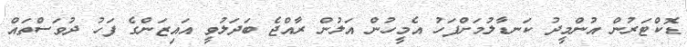
ޑޮކްޓަރުން އުންމީދު ކަނޑާލުމަށްފަހު އެމީހުން އަލުން ރާއްޖެ ބަދަލުވީ އައިޒަންގެ ފަހު ދުވަސްތައް